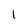
Character: 1